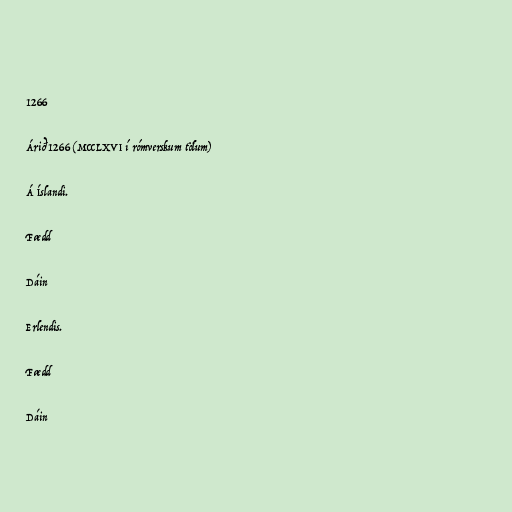
1266

Árið 1266 (MCCLXVI í rómverskum tölum)

Á Íslandi.

Fædd

Dáin

Erlendis.

Fædd

Dáin